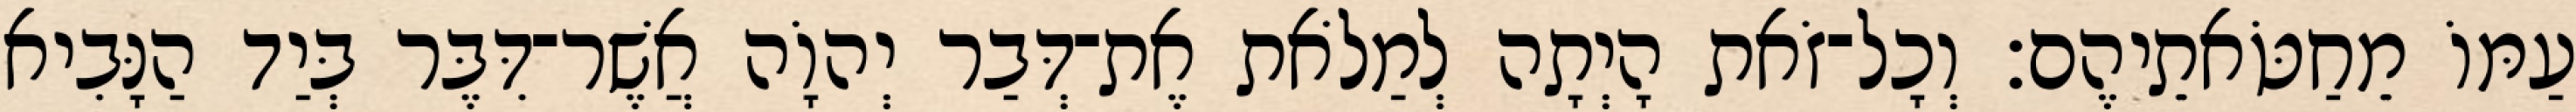
עַמּוֹ מֵחַטֹּאתֵיהֶם׃ וְכָל־זֹאת הָיְתָה לְמַלֹאת אֶת־דְּבַר יְהוָֹה אֲשֶׁר־דִּבֶּר בְּיַד הַנָּבִיא